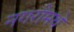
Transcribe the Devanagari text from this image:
नगरीमधे